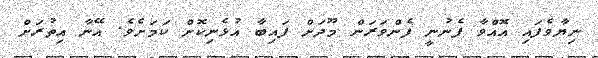
ނިޔާވެފައި އޮއްވާ ފެނުނީ ފެންވަރަން މޫދަށް ފައިބާ އުޅެނިކޮށް ކަމަށެވެ. އޭނާ އިތުރަށް